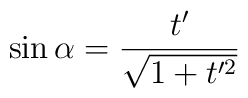
\sin \alpha =\frac{t^{\prime }}{\sqrt{1+t^{\prime 2}}}